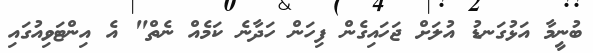
ބުނީމާ އަޅުގަނޑު އުލަށް ޖަހައިގެން ފިހަން ހަދާނެ ކަމެއް ނެތް" އެ އިންޓަވިއުގައި